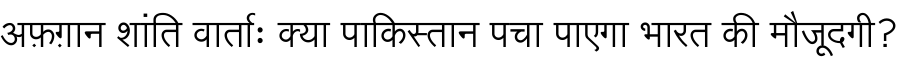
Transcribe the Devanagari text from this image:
अफ़ग़ान शांति वार्ताः क्या पाकिस्तान पचा पाएगा भारत की मौजूदगी?